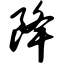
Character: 降